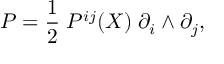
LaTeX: P = \frac { 1 } { 2 } \; P ^ { i j } ( X ) \; \partial _ { i } \wedge \partial _ { j } ,